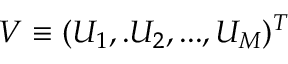
V \equiv ( U _ { 1 } , . U _ { 2 } , . . . , U _ { M } ) ^ { T }